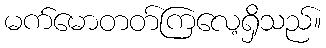
မက်မောတတ်ကြလေ့ရှိသည်။